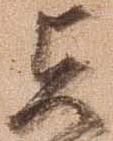
貞